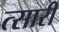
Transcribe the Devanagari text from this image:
त्सारी